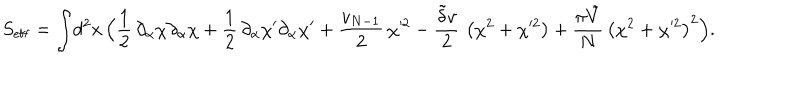
S _ { \mathrm { e f f } } = \int \! d ^ { 2 } x \, \Bigl ( { \frac { 1 } { 2 } } \, \partial _ { \alpha } \chi \partial _ { \alpha } \chi + { \frac { 1 } { 2 } } \, \partial _ { \alpha } \chi ^ { \prime } \partial _ { \alpha } \chi ^ { \prime } + { \frac { v _ { N - 1 } } { 2 } } \, \chi ^ { 2 } - { \frac { \tilde { \delta } v } { 2 } } \, \left( \chi ^ { 2 } + \chi ^ { 2 } \right) + { \frac { \pi \tilde { V } } { N } } \, \left( \chi ^ { 2 } + \chi ^ { 2 } \right) ^ { 2 } \Bigr ) .